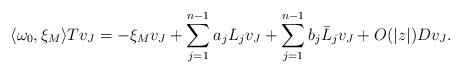
LaTeX: \begin{align*}\langle\omega_0,\xi_M\rangle Tv_J=-\xi_M v_J+\sum_{j=1}^{n-1}a_jL_jv_J+\sum_{j=1}^{n-1}b_j\bar L_jv_J+O(|z|)Dv_J.\end{align*}